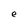
Character: e